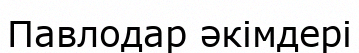
Павлодар әкімдері